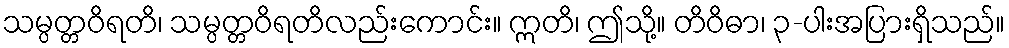
သမ္ပတ္တဝိရတိ၊ သမ္ပတ္တဝိရတိလည်းကောင်း။ ဣတိ၊ ဤသို့။ တိဝိဓာ၊ ၃-ပါးအပြားရှိသည်။